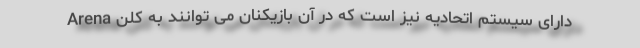
Arena دارای سیستم اتحادیه نیز است که در آن بازیکنان می توانند به کلن